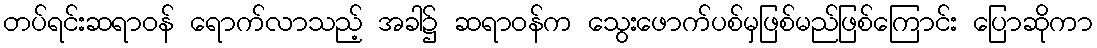
တပ်ရင်းဆရာဝန် ရောက်လာသည့် အခါ၌ ဆရာဝန်က သွေးဖောက်ပစ်မှဖြစ်မည်ဖြစ်ကြောင်း ပြောဆိုကာ